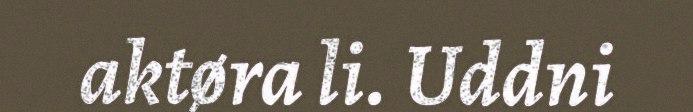
aktøra li. Uddni